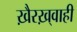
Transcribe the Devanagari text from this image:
ख़ैरख़्वाही